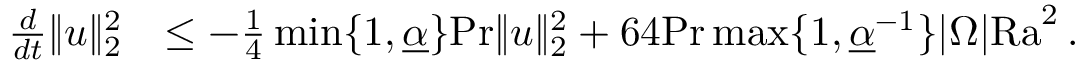
\begin{array} { r l } { \frac { d } { d t } \| u \| _ { 2 } ^ { 2 } } & { \leq - \frac { 1 } { 4 } \operatorname* { m i n } \lbrace 1 , \underline { { \alpha } } \rbrace \mathrm { P r } \| u \| _ { 2 } ^ { 2 } + 6 4 \mathrm { P r } \operatorname* { m a x } \lbrace 1 , \underline { { \alpha } } ^ { - 1 } \rbrace | \Omega | \mathrm { { R a } } ^ { 2 } \, . } \end{array}